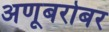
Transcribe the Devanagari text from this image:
अणूबरोबर